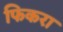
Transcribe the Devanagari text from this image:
फिकरा